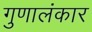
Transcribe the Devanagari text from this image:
गुणालंकार